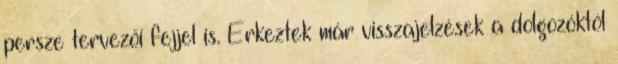
persze tervezői fejjel is. Érkeztek már visszajelzések a dolgozóktól